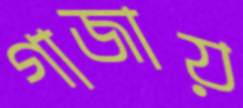
গাজায়